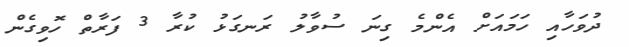
ދުވަހާއި ހަމައަށް އެންމެ ގިނަ ސުވާލު ރަނގަޅު ކުރާ 3 ފަރާތް ހޮވިގެން